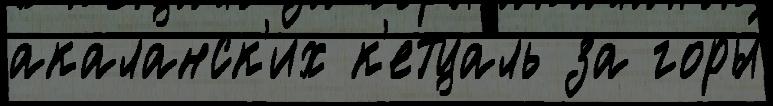
акаланск'их к'етцаль за горы́